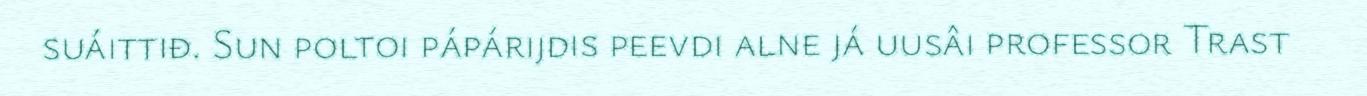
suáittiđ. Sun poltoi pápárijdis peevdi alne já uusâi professor Trast